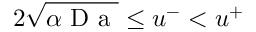
2 \sqrt { \alpha \mathrm { ~ D ~ a ~ } } \leq u ^ { - } < u ^ { + }